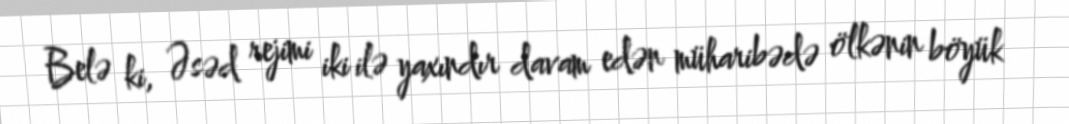
Belə ki, Əsəd rejimi iki ilə yaxındır davam edən müharibədə ölkənin böyük